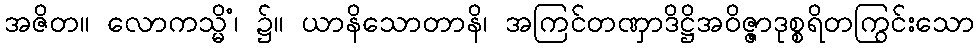
အဇိတ။ လောကသ္မိံ၊ ၌။ ယာနိသောတာနိ၊ အကြင်တဏှာဒိဋ္ဌိအဝိဇ္ဇာဒုစ္စရိတကြွင်းသော